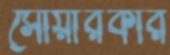
সোয়ারকার